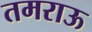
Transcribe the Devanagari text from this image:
तमराऊ